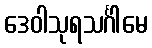
ဒေဝါသုရသင်္ဂါမေ